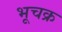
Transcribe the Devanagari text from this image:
भूचक्र